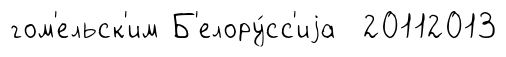
гом'ельск'им Б'елору́сс'иjа 20112013